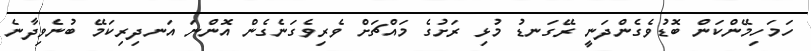
ހަމަހިމޭންކަން ބޮޑުވެގެންދަނީ ރޭގަނޑު މުޅި ރަށުގެ މައްޗަށް ވެރިވެގަނެގެން އޮންނަ އަނދިރިކަމޭ ބުނެވިދާނެ